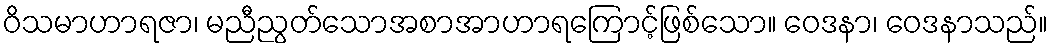
ဝိသမာဟာရဇာ၊ မညီညွတ်သောအစာအာဟာရကြောင့်ဖြစ်သော။ ဝေဒနာ၊ ဝေဒနာသည်။